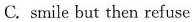
C. smile but then refuse